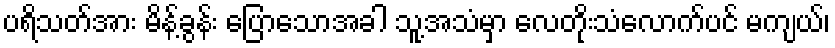
ပရိသတ်အား မိန့်ခွန်း ပြောသောအခါ သူ့အသံမှာ လေတိုးသံလောက်ပင် မကျယ်၊